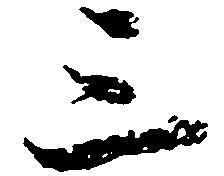
三